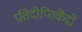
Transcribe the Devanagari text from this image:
प्रतिदीप्तिकेंद्रों